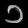
Digit: ၁